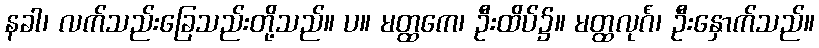
နခါ၊ လက်သည်းခြေသည်းတို့သည်။ ပ။ မတ္ထကေ၊ ဦးထိပ်၌။ မတ္ထလုင်္ဂံ၊ ဦးနှောက်သည်။